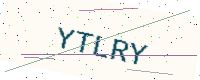
Text: YTLRY